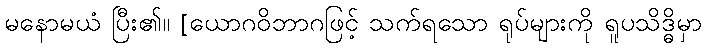
မနောမယံ ပြီး၏။ [ယောဂဝိဘာဂဖြင့် သက်ရသော ရုပ်များကို ရူပသိဒ္ဓိမှာ